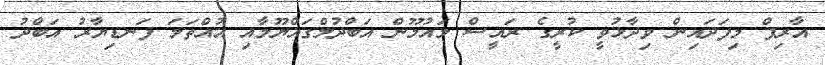
އާރިފް މިފަދައިން ވިދާޅުވީ ކުރީގެ ރައީސް މައުމޫން އަބްދުލްގައްޔޫމާއި އުއްތަމަ ފަނޑިޔާރު އަބްދު